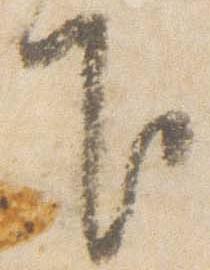
下